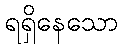
ရရှိနေသော